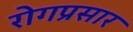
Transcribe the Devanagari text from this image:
रोगप्रसार